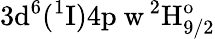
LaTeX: \mathrm{3d^{6}(^{1}I)4p\ w\, ^{2}H_{9/2}^{o}}